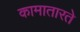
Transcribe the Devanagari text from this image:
कामातारते